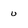
Character: u